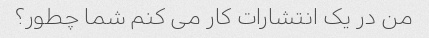
من در یک انتشارات کار می کنم شما چطور؟